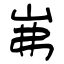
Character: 岪